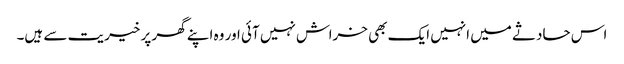
اس حادثے میں انہیں ایک بھی خراش نہیں آئی اور وہ اپنے گھر پر خیریت سے ہیں۔